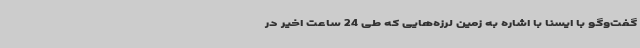
گفت‌وگو با ایسنا با اشاره به زمین ‌لرزه‌هایی که طی 24 ساعت اخیر در